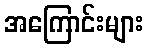
အကြောင်းများ